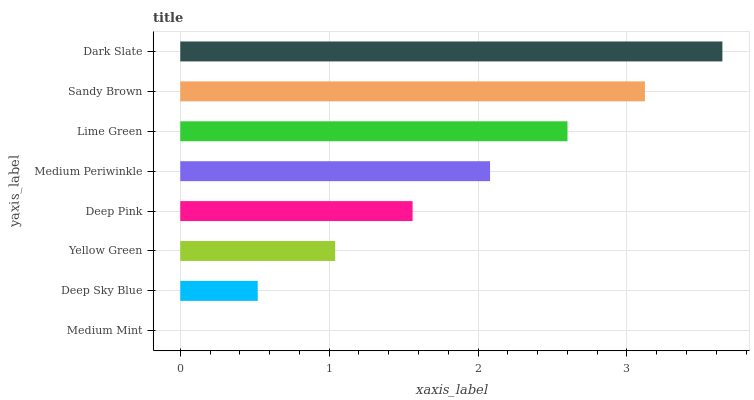
| yaxis_label | bars |
 | --- | --- |
 | Medium Mint | 0 |
 | Deep Sky Blue | 0.52 |
 | Yellow Green | 1.04 |
 | Deep Pink | 1.56 |
 | Medium Periwinkle | 2.08 |
 | Lime Green | 2.6 |
 | Sandy Brown | 3.12 |
 | Dark Slate | 3.64 |